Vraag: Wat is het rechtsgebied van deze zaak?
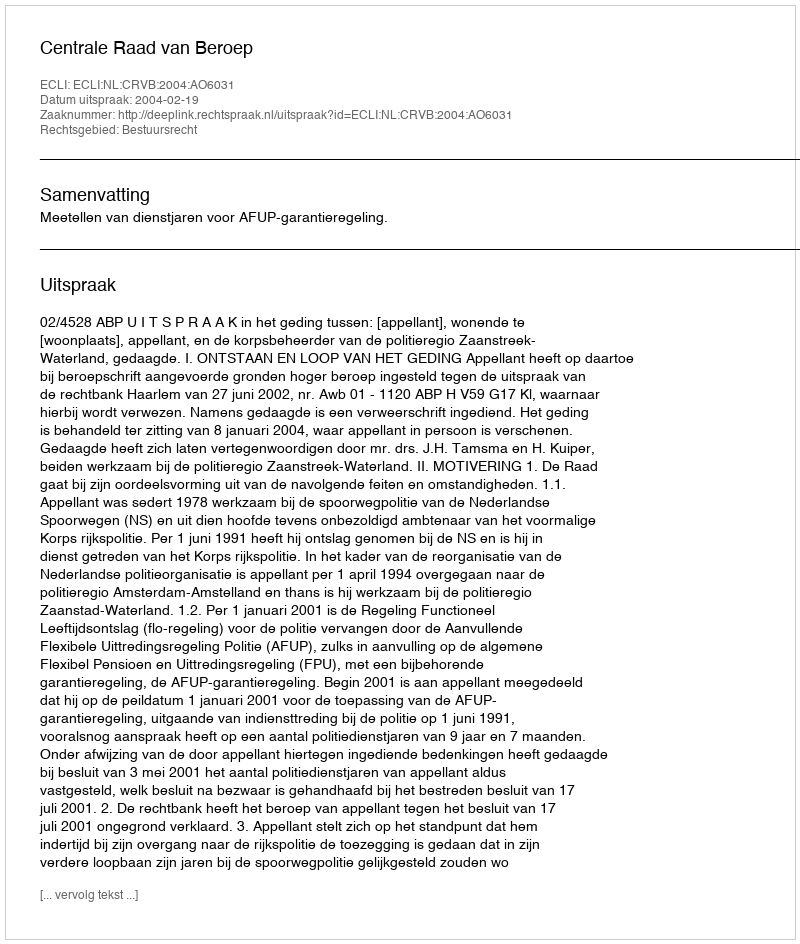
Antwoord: Bestuursrecht